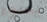
يسوء